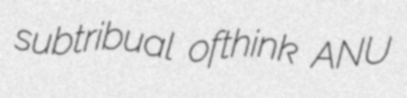
subtribual ofthink ANU